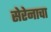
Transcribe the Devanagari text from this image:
सेरेनाचा